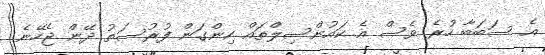
އެ ސަބަބާ ހުރެ ވެސް އެ ކައުންސިލްތައް ހިންގަން ފުރުސަތު ދޭން ޖެހޭނެ